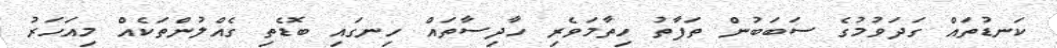
ކަނޑުތައް ގަދަވުމުގެ ސަބަބުން ތަފާތު ހިތާމަވެރި ހާދިސާތައް ހިނގައި ބޮޑެތި ގެއްލުންތަކެއް މިއަހަރު